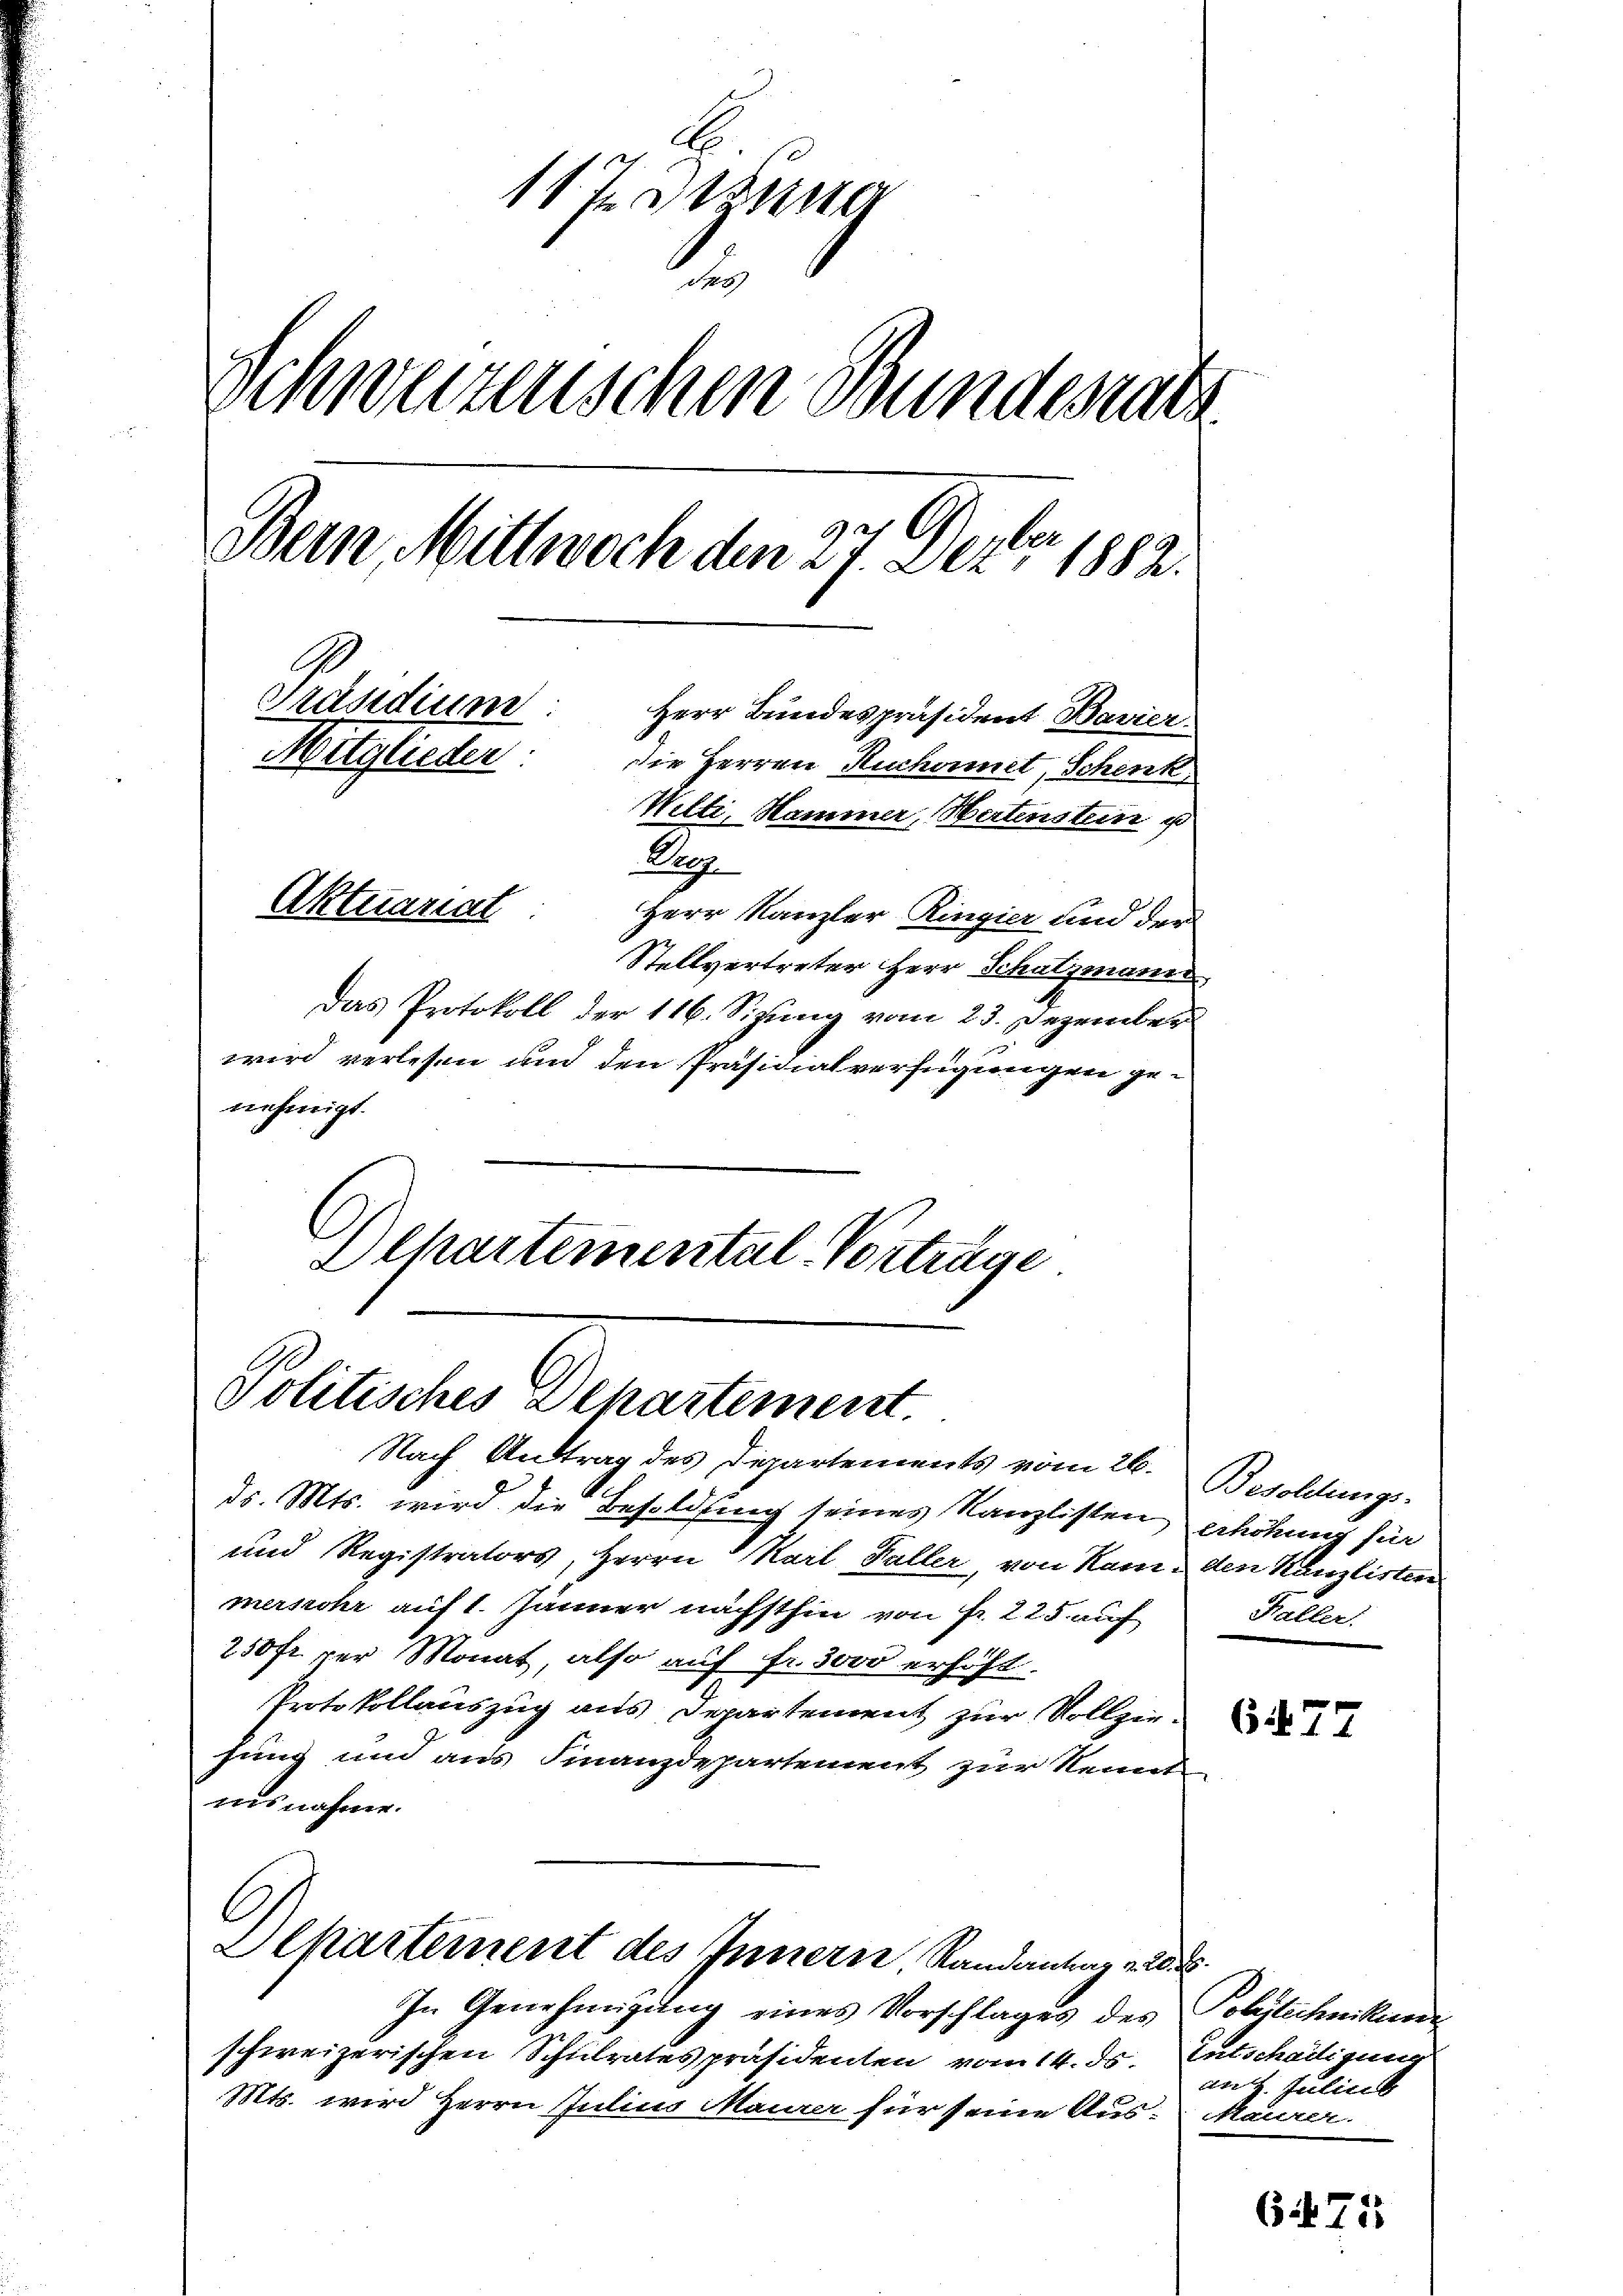
117 Sizung
des
Schweizenschen Bundesrat
Bern Mittwoch den 27. Der 1882.
Präsidium
Herr Bundespräsident Bavier
Mitglieder.
die Herren Ruchornet, Schenk,
Welti Hammer, Hertenstein p
Droz
Aktuariat
Herr Kanzler Ringier und der
Stellvertreter Herr Schatzmann
das Protokoll der 116. Sizung vom 23. Dezember
wird verlesen und den Präsidialverfügungen genehmigt.

Politisches Schartement
Nach Antrag des Departements vom 26.

ds. Mts. wird die Besoldung seines Kanzlisten
und Registrators, Herrn Karl Faller, von Ram-
mersrohr auf 1. Jänner nächsthin von Fr. 225 auf
250fr. per Monat, also auf fr. 3000 erhöht.
Protokollauszug aus Departement zur Vollziesung und aus Finanzdepartement zur Kennt
isnahme.

C
Schartement des Innern, Randanter zu

In Genehmigung eines Vorschlages des
schweizerischen Schulrates präsidenten vom 14. ds.
Mts. wird Herrn Julin Maurer für seine Aus-

Departemental Vortrage

Besoldungs¬
Erhöhung für
den Kanzlisten
Faller.

677

.
Polytechnikum
Entschädigung
anz. Julius
Maurer

675